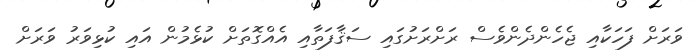
ވަރަށް ފަހަކާއި ޖެހެންދެންވެސް ރަށްރަށުގައި ސަޤާފަތާއި އެއްގޮތަށް ކުޅެމުން އައި ކުޅިވަރު ވަރަށް